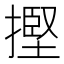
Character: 摼